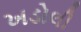
ખડોલી